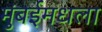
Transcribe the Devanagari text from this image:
मुंबईमधला